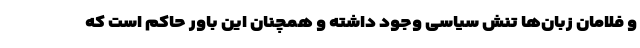
و فلامان زبان‌ها تنش سیاسی وجود داشته و همچنان این باور حاکم است که